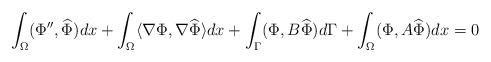
LaTeX: \begin{align*}\int_\Omega (\Phi'', \widehat{\Phi})dx + \int_\Omega \langle \nabla\Phi, \nabla \widehat{\Phi} \rangle dx+\int_{\Gamma}(\Phi, B \widehat{\Phi})d\Gamma +\int_\Omega (\Phi, A\widehat{\Phi})dx =0 \end{align*}